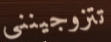
تتزوجينني